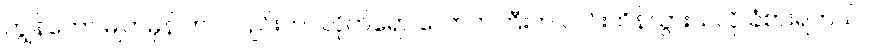
ကျွန်တော် မျက်မှန် တပ်လည်းတပ်လိုက်ရော လောကကြီးက လင်းထိန်သွားသလို ခံစားရတယ်။